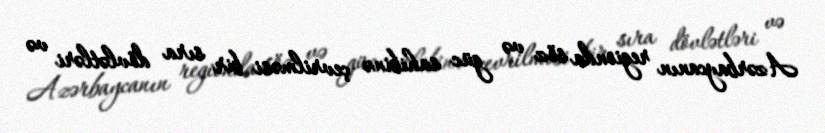
Azərbaycanın regionda söz və güc sahibinə çevrilməsi bir sıra dövlətləri və